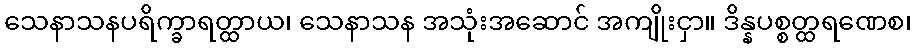
သေနာသနပရိက္ခာရတ္ထာယ၊ သေနာသန အသုံးအဆောင် အကျိုးငှာ။ ဒိန္နပစ္စတ္ထရဏေစ၊